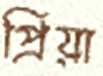
প্রিয়া